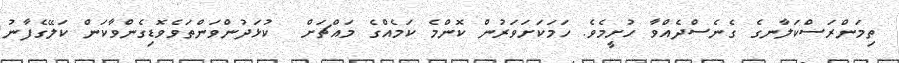
ތިމަންރަސްކަލާނގެ ގެނެސްދެއްވާ ހުށީމެވެ. ހަމަކަށަވަރުން ކޮންމެ ކަމެއްގެ މައްޗަށް  ކުޅަދުންވަންތަވެވޮޑިގެންވާކަން ކަލޭގެފާނު